Report of the Indian Hemp Drugs Commission, 1894-1895 - Volume VII
Year: 1894
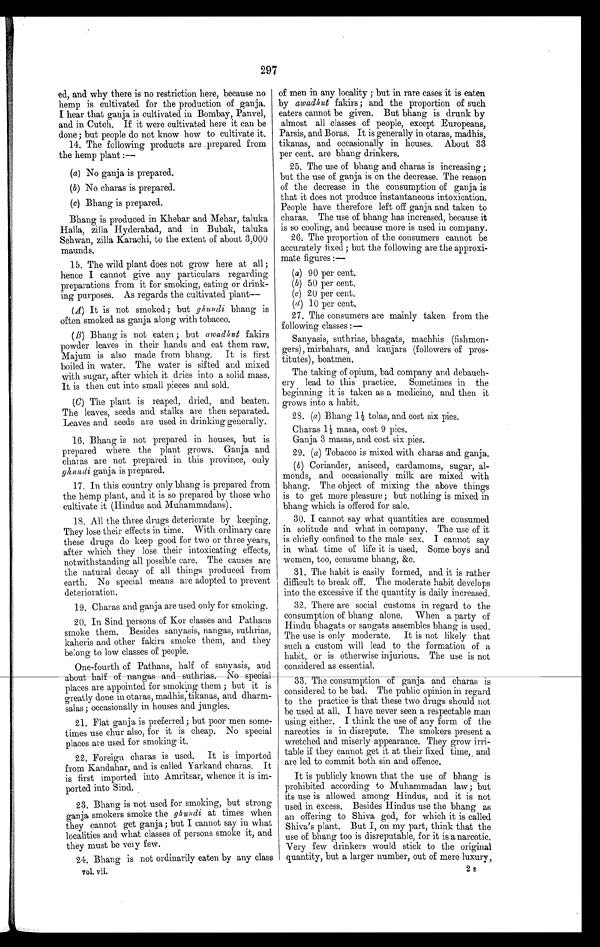
297
ed, and why there is no restriction here, because no
hemp is cultivated for the production of ganja.
I hear that ganja is cultivated in Bombay, Panvel,
and in Cutch. If it were cultivated here it can be
done; but people do not know how to cultivate it.
14. The following products are prepared from
the hemp plant
: —
(a) No ganja is prepared.
(b) No charas is prepared.
( c ) B h a n g i s p r e p a r e d .
Bhang is produced in Khebar and Mehar, taluka
Halla, zilla Hyderabad, and in Bubak, taluka
Sehwan, zilla Karachi, to the extent of about 3,000
maunds.
15. The wild plant does not grow here at all ;
hence I cannot give any particulars regarding
preparations from it for smoking, eating or drink-
ing purposes. As regards the cultivated plant
—
(A) It is not smoked; but ghundi bhang is
often smoked as ganja along with tobacco.
(B) Bhang is not eaten; but awad hut fakirs
powder leaves in their hands and eat them raw.
Majum is also made from bhang. It is first
boiled in water. The water is sifted and mixed
with sugar, after which it dries into a solid mass.
It is then cut into small pieces and sold.
(C) The plant is reaped, dried, and beaten.
The leaves, seeds and stalks are then separated.
Leaves and seeds are used in drinking generally.
16. Bhang is not prepared in houses, but is
prepared where the plant grows. Ganja and
charas are not prepared in this province, only
ghundi ganja is prepared.
17. In this country only bhang is prepared from
the hemp plant, and it is so prepared by those who
cultivate it (Hindus and Muhammadans).
18. All the three drugs deteriorate by keeping.
They lose their effects in time. With ordinary care
these drugs do keep good for two or three years,
after which they lose their intoxicating effects,
notwithstanding all possible care. The causes are
the natural decay of all things produced from
earth. No special means are adopted to prevent
deterioration.
19. Charas and ganja are used only for smoking.
20. In Sind persons of Kor classes and Pathans
smoke them. Besides sanyasis, nangas, suthrias,
kaheris and other fakirs smoke them, and they
belong to low classes of people.
One-fourth of Pathans, half of sanyasis, and
about half of nangas and suthrias. No special
places are appointed for smoking them ; but it is
greatly done in otaras, madhis, tikanas, and
d h a r m - s a l a s ; o c c a s i o n a l l y i n h o u s e s a n d j u n g l e s .
21. Flat ganja is preferred; but poor men some-
times use chur also, for it is cheap. No special
places are used for smoking it.
22. Foreign charas is used. It is imported
from Kandahar, and is called Yarkand charas. It
is first imported into Amritsar, whence it is im-
ported into Sind.
23. Bhang is not used for smoking, but strong
ganja smokers smoke the ghundi at times when
they cannot get ganja ; but I cannot say in what
localities and what classes of persons smoke it, and
they must be very few.
24. Bhang is not ordinarily eaten by any class
vol. vii.
of men in any locality ; but in rare cases it is eaten
by awadhut fakirs; and the proportion of such
eaters cannot be given. But bhang is drunk by
almost all classes of people, except Europeans,
Parsis, and Boras. It is generally in otaras, madhis,
tikanas, and occasionally in houses. About 33
per cent. are bhang drinkers.
25. The use of bhang and charas is increasing;
but the use of ganja is on the decrease. The reason
of the decrease in the consumption of ganja is
that it does not produce instantaneous intoxication.
People have therefore left off ganja and taken to
charas. The use of bhang has increased, because it
is so cooling, and because more is used in company.
26. The proportion of the consumers cannot be
accurately fixed; but the following are the approxi-
mate figures:
—
(a) 90 per cent.
(b) 50 per cent.
(c) 20 per cent.
(d) 10 per cent.
27. The consumers are mainly taken from the
following classes :—
Sanyasis, suthrias, bhagats, machhis (fishmon-
gers), mirbahars, and. kanjars (followers of pros-
titutes), boatmen.
The taking of opium, bad company and debauch-
ery lead to this practice. Sometimes in the
beginning it is taken as a medicine, and then it
grows into a habit.
28. (a ) Bhang 1½ tolas, and cost six pies.
Charas 1½ masa, cost 9 pies.
Ganja 3 masas, and cost six pies.
29. (a ) Tobacco is mixed with charas and ganja.
( b ) Coriander, aniseed, cardamoms, sugar, al-
monds, and occasionally milk are mixed with
bhang. The object of mixing the above things
is to get more pleasure; but nothing is mixed in
bhang which is offered for sale.
30. I cannot say what quantities are consumed
in solitude and what in company. The use of it
is chiefly confined to the male sex. I cannot say
in what time of life it is used. Some boys and
women, too, consume bhang, &c.
31. The habit is easily formed, and it is rather
difficult to break off. The moderate habit develops
into the excessive if the quantity is daily increased.
32. There are social customs in regard to the
consumption of bhang alone. When a party of
Hindu bhagats or sangats assembles bhang is used.
The use is only moderate. It is not likely that
such a custom will lead to the formation of a
habit, or is otherwise injurious. The use is not
considered as essential.
33. The consumption of ganja and charas is
considered to be bad. The public opinion in regard
to the practice is that these two drugs should not
be used at all. I have never seen a respectable man
using either. I think the use of any form of the
narcotics is in disrepute. The smokers present a
wretched and miserly appearance. They grow irri-
table if they cannot get it at their fixed time, , and
are led to commit both sin and offence.
It is publicly known that the use of bhang is
prohibited according to Muhammadan law; but
its use is allowed among Hindus, and it is not
used in excess. Besides Hindus use the bhang as
an offering to Shiva god, for which it is called
Shiva's plant. But I, on my part, think that the
use of bhang too is disreputable, for it is a narcotic.
Very few drinkers would stick to the original
quantity, but a larger number, out of mere luxury,
2s